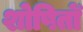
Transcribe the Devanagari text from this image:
शोषितोँ